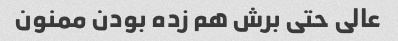
عالی حتی برش هم زده بودن ممنون